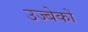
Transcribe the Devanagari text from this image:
उज्बेकों